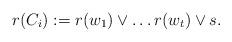
LaTeX: \begin{align*}r(C_i) := r(w_1) \lor \dots r(w_t) \lor s. \end{align*}